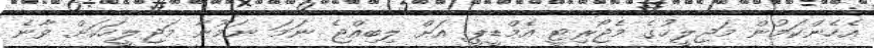
އެހެންކަމުން މަޖިލީހުގެ މެޖޯރިޓީ އެމްޑީޕީ އަށް ލިބިއްޖެ ނަމަ ނަމޫނާ މަޖިލީހަކަށް ވާނެ